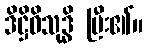
ဒိဋ္ဌိဝိသုဒ္ဓိ ပြီး၏။